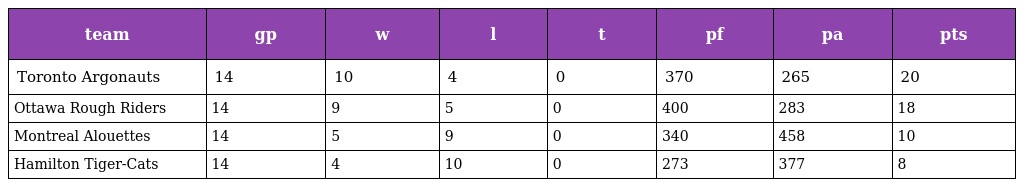
| team | gp | w | l | t | pf | pa | pts |
 | --- | --- | --- | --- | --- | --- | --- | --- |
 | Toronto Argonauts | 14 | 10 | 4 | 0 | 370 | 265 | 20 |
 | Ottawa Rough Riders | 14 | 9 | 5 | 0 | 400 | 283 | 18 |
 | Montreal Alouettes | 14 | 5 | 9 | 0 | 340 | 458 | 10 |
 | Hamilton Tiger-Cats | 14 | 4 | 10 | 0 | 273 | 377 | 8 |